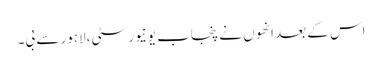
اس کے بعد انھوں نے پنجاب یونیورسٹی،لاہور سے بی۔